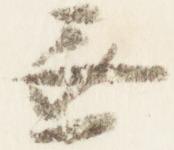
無